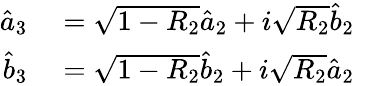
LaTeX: \begin{array}{rlr}{\hat{a}_{3}}&{{}=\sqrt{1-R_{2}}\hat{a}_{2}+i\sqrt{R_{2}}\hat{b}_{2}}&{}\\ {\hat{b}_{3}}&{{}=\sqrt{1-R_{2}}\hat{b}_{2}+i\sqrt{R_{2}}\hat{a}_{2}}&{}\end{array}